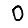
Digit: 0